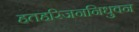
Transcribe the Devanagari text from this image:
हतहरिजननिधुवन